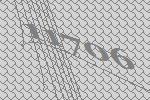
11706